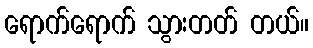
ရောက်ရောက် သွားတတ် တယ်။